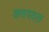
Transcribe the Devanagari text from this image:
कचरवल